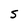
Character: S